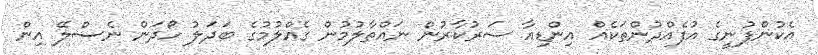
އެކުންފުނީގެ އުފެއްދުންތަކެއް އިންޑިއާ ސަރުކާރުން ނައްތާލުމުން ގެއްލުމުގެ ބަދަލު ހޯދަން ނެސްލޭ އިން